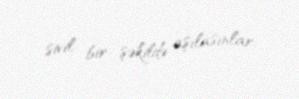
sivil bir şəkildə aşılasınlar.